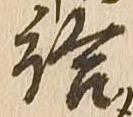
給